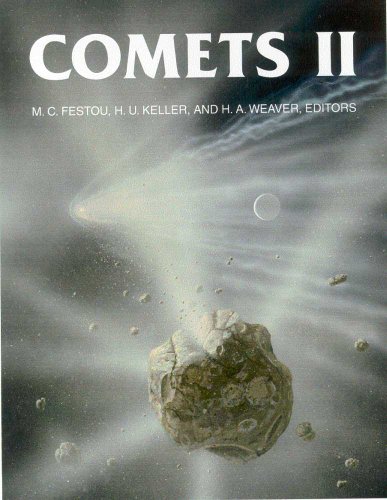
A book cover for Comets II (Space Science Series); Science & Math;